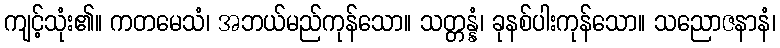
ကျင့်သုံး၏။ ကတမေသံ၊ အဘယ်မည်ကုန်သော။ သတ္တန္နံ၊ ခုနစ်ပါးကုန်သော။ သညောဇနာနံ၊